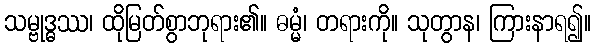
သမ္ဗုဒ္ဓဿ၊ ထိုမြတ်စွာဘုရား၏။ ဓမ္မံ၊ တရားကို။ သုတွာန၊ ကြားနာရ၍။